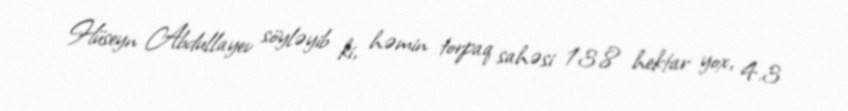
Hüseyn Abdullayev söyləyib ki, həmin torpaq sahəsi 13.8 hektar yox, 4.3